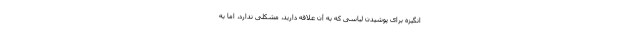
انگیزه برای پوشیدن لباسی که به آن علاقه دارید، مشکلی ندارد، اما به